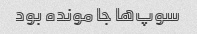
سوپ‌ها جا مونده بود